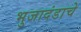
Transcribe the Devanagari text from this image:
भुजादंडाचे